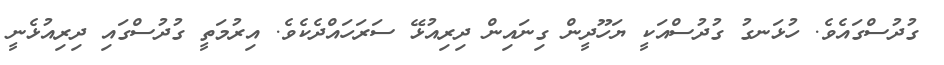
ގުދުސްގައެވެ. ހުޅަނގު ގުދުސްއަކީ ޔަހޫދީން ގިނައިން ދިރިއުޅޭ ސަރަހައްދެކެވެ. އިރުމަތީ ގުދުސްގައި ދިރިއުޅެނީ